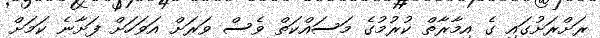
ރަށްރަށުގައި ގެ އިމާރާތް ކުރުމުގެ މަސައްކަތް ވެސް ވަރަށް އަވަހަށް ފަށާނެ ކަމަށް